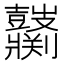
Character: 𱌌